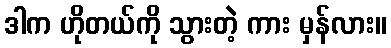
ဒါက ဟိုတယ်ကို သွားတဲ့ ကား မှန်လား။